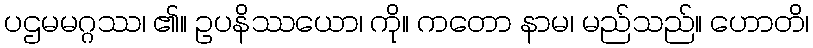
ပဌမမဂ္ဂဿ၊ ၏။ ဥပနိဿယော၊ ကို။ ကတော နာမ၊ မည်သည်။ ဟောတိ၊